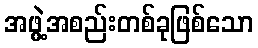
အဖွဲ့အစည်းတစ်ခုဖြစ်သော